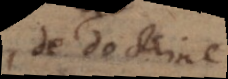
de doctrine